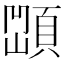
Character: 𩓆